Calcutta medical institutions reports 1871-78
Year: 1871
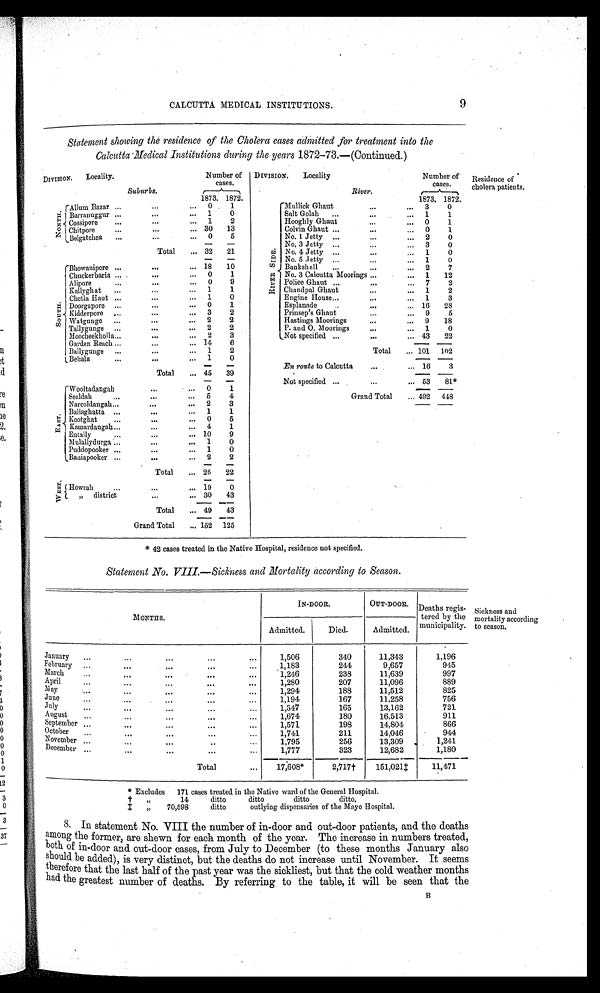
CALCUTTA MEDICAL INSTITUTIONS.
9
S t a t e me n t s h o wi n g t h e r e s i d e n c e o f t h e Ch o l e r a c a s e s a d mi t t e d f o r t r e a t me n t i n t o t h e
Calcutta Medical Institutions during the years 1872-73.—(Continued.)
DIVISION.
Locality.
Number of
cases.
Suburbs
1873. 1872.
N O N T H .
Allum Bazar
...
0 1
Barranuggur
...
1
0
Cossipore
...
1
2
Chitpore
. . .
30
13
Belgatchea
...
0
5
Total
32
21
S O U T H
Bhowanipore ...
18
10
Chuckerbaria
...
0
1
Alipore
. . .
0
9
Kallyghat
...
1
1
Chetla Haut
...
1
0
Doorgapore
. . .
0
1
Kidderpore
. . .
3
2
Watgunge
...
2
2
Tallygunge
...
2
2
Moocheekholla
...
2
3
Garden Reach
. . .
14
6
Ballygunge
. . .
1
2
Behala
. . .
1
0
Total
4 5 39
E A S T .
Wooltadangah
...
0
1
Sealdah
. . .
5
4
Narcoldangah
. . .
2
3
Baliaghatta
. . .
1
1
Kootghat
...
0
5
Kamardangah
...
4
1
Entally
...
10
9
Mulallydurga
. . .
1
0
Puddopooker
...
1
0
Baniapooker
...
2
2
Total
2 6
22
W E S T . Howrah
...
19
0
„ d i s t r i c t
...
30
43
Total
49
43
Grand Total
152 125
DIVISION.
Locality
Number of
cases.
River.
1873. 1872.
R I V E R S I D E .
M u l l i c k G h a u t
. . .
3
0
Salt Golah
. . .
1
1
Hooghly Ghaut
. . .
0
1
Colvin Ghaut
...
0
1
No. 1 Jetty
. . .
2
0
No. 3 Jetty
...
3
0
No. 4 Jetty
...
1
0
No. 5 Jetty
. . .
1
0
Bankshall
...
2
7
No. 3 Calcutta Moorings
...
1
12
Police Ghaut
...
7
2
Chandpal Ghaut
. . .
1
2
Engine House
...
1
3
Esplanade
. . .
16
28
Prinsep's Ghaut
...
9
5
Hastings Moorings
. . .
9
18
P. and 0. Moorings
. . .
1
0
Not specified
. . .
43
22
Total
1 0 1
1 0 2
En route to Calcutta
...
16
3
Not specified
...
53
81*
Grand Total
492 448
*42 cas es t r eat ed i n t he Nat i ve Hos pi t al , r es i dence not s peci f i ed.
Residence of
cholera patients.
Statement No. VIII.—Sickness and Mortality according to Season.
MONTHS.
IN-DOOR.
OUT-DOOR.
Deaths regis-
tered by the
municipality.
Admitted.
Died.
Admitted.
January
1,506
340
11,343
1,196
February
1,183
244
9,657
945
March
1,246
238
11,639
997
April
1,280
207
11,096
889
M a y
1 , 2 9 4
188
1 1 , 5 1 2
825
June
1,194
167
11,258
756
J u l y
1 , 3 4 7
165
1 3 , 1 6 2
721
August
1 , 6 7 4
180
16,513
911
September
1,571
198
14,804
866
O c t o b e r
1,741
211
14,046
944
November
1,795
256
13,309
1,241
December
1,777
323
12,682
1,180
Total
17,608*
2,17† 151,021‡
1 1 , 4 7 1
* Excludes 171 cases treated in the Native ward of the General Hospital.
† „ 14 ditto ditto ditto ditto.
‡ „ 70, 598 ditto outlying dispensaries of the Mayo Hospital.
Sickness and
mortality according
to season.
8. In statement No. VIII the number of in-door and out-door patients, and the deaths
among the former, are shewn for each month of the year. The increase in numbers treated,
both of in-door and out-door cases, from July to December (to these months January also
should be added), is very distinct, but the deaths do not increase until November. It seems
therefore that the last half of the past year was the sickliest, but that the cold weather months
had the greatest number of deaths. By referring to the table, it will be seen that the
B